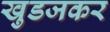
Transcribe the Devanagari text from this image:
खुडजकर